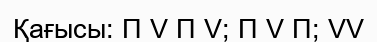
Қағысы: П V П V; П V П; VV